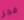
فجر